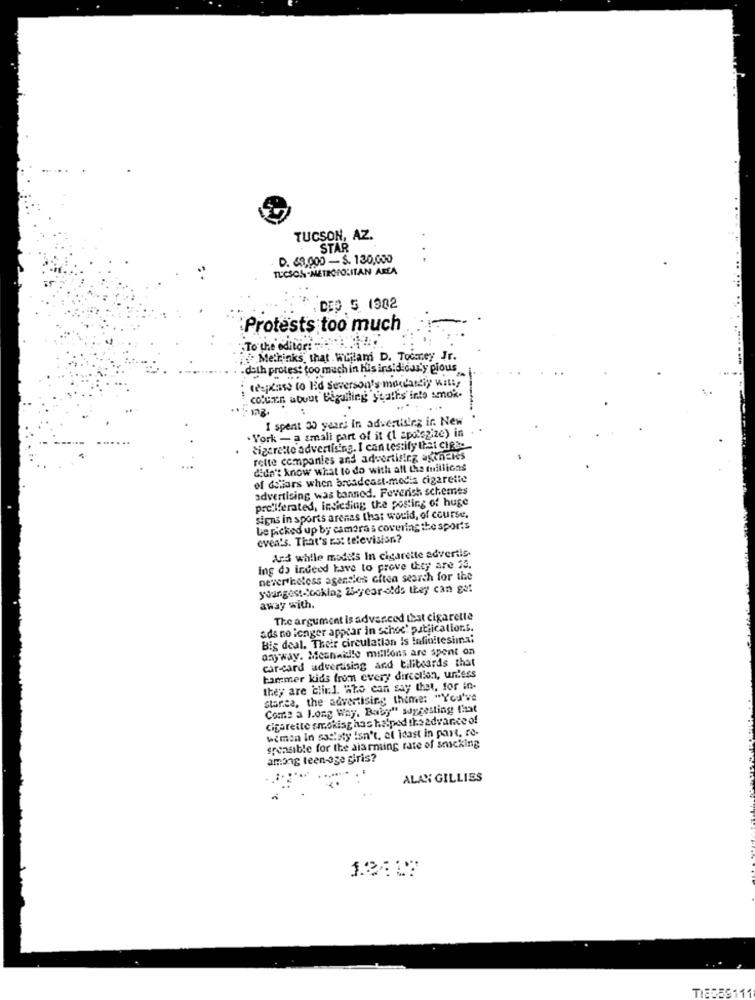
TUCSON, AZ.
STAR
D. 69,000 -S. 130,000
. .
TUCSON-METROPOLITAN AREA
DEP 5 1902
Protests too much
To the editor: "
Methinks that Willam D. Toomey Jr.
.deth protest too much in his insidicurly pious
(espessa to Ed severson's mondanily will;
column about Bigating Seaths'into amok.
I spent 30 years in advertising ir. New
. York - a small part of it (1 apologize) in
cigarette advertising. I can testify thai ciese
rette companies and advertising agencies
didn't know what to do with all the millions
of dollars when broadcast-media cigarette
advertising was banned. Feverich schemes
proliferated, indieding the posting of huge
signs in sports arenas that would, of course.
be picked up by cameras covering the sports
even's. That's Est television .?
Ans while mode's In cigarette advertis.
ing do indeed have to prove they are 23.
nevertheless agencies chten search for the
youngest-looking 25-year-olds they can get
away with.
The argument is advanced that cigarette
ads no longer appear in schoe' publications.
Big deal. Their circulation Is Infinitesimal
any way. Mesnaidle millions are spent on
car-card advertising and tiliboards that
tammer kids from every dircellen, unless
they are clil. Who can say that, for in-
starca, the advertising theme: "You've
Come a Long Way, Baby" suggesting that
cigarette smoking has helped theadvance of
women In ssclaty isn't, el idast in part, re-
sponsible for the alarming rate of smicking
among teen-oge giris?
ALAN GILLIES
12:18
TI8558111